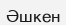
Әшкен